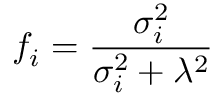
f _ { i } = \frac { \sigma _ { i } ^ { 2 } } { \sigma _ { i } ^ { 2 } + \lambda ^ { 2 } }